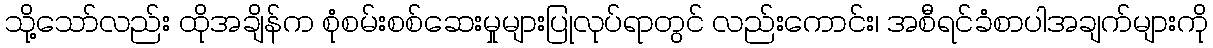
သို့သော်လည်း ထိုအချိန်က စုံစမ်းစစ်ဆေးမှုများပြုလုပ်ရာတွင် လည်းကောင်း၊ အစီရင်ခံစာပါအချက်များကို